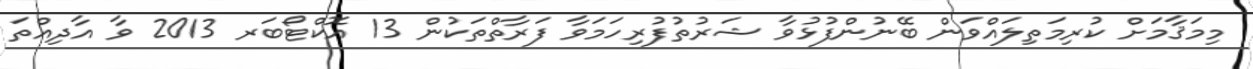
މިމަޤާމަށް ކުރިމަތިލައްވަން ބޭނުންފުޅުވާ ޝަރުތުފުރިހަމަވާ ފަރާތްތަކުން 13 އޮކްޓޯބަރ 2013 ވާ އާދިއްތަ